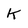
Character: k